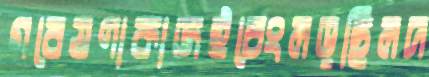
গবেষণাকাজইচেংলড়ছিলদ